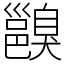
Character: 𨞑